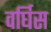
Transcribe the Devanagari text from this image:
वर्घिस